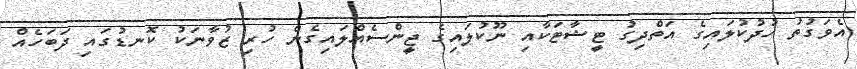
އެވަގުތު ހުދުކުލައިގެ އަތްދިގު ޓީޝާޓަކާއި ނޫކުލައިގެ ޖީންސެއްލައިގެން ހުރި ޒުވާނަކު ކޮނޑުގައި ދަބަހެއް